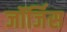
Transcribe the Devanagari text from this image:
जॉर्जिस